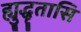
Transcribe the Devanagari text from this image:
ह्युद्धृतासि